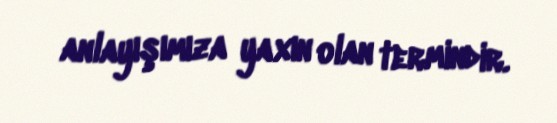
anlayışımıza yaxın olan termindir.